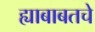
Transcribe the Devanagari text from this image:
ह्याबाबतचे